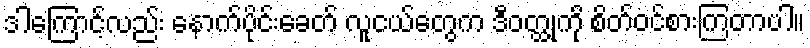
ဒါကြောင့်လည်း နောက်ပိုင်းခေတ် လူငယ်တွေက ဒီဝတ္ထုကို စိတ်ဝင်စားကြတာပါ။